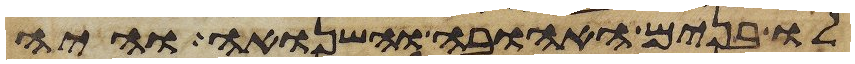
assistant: לו בנים האהובה והשנואה והיה